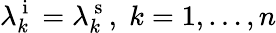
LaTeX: \lambda_{k}^{\mathrm{~i~}}=\lambda_{k}^{\mathrm{~s~}},\; k=1,\ldots,n